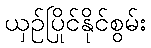
ယှဉ်ပြိုင်နိုင်စွမ်း